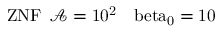
\mathrm { { Z N F } \: \: \mathcal { A } = 1 0 ^ { 2 } \: \: \: \ b e t a _ { 0 } = 1 0 }